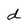
Character: d